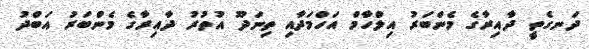
ދަނގެތީ ދާއިރާގެ މެންބަރު އިލްހާމް އަހްމަދާއި ތިނަދޫ އުތުރު ދާއިރާގެ މެންބަރު އަބްދު